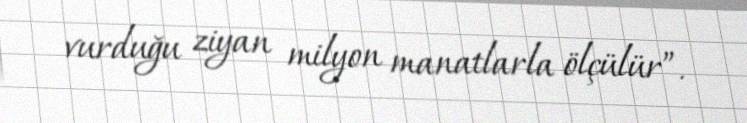
vurduğu ziyan milyon manatlarla ölçülür”.